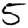
Digit: 5